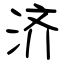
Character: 济